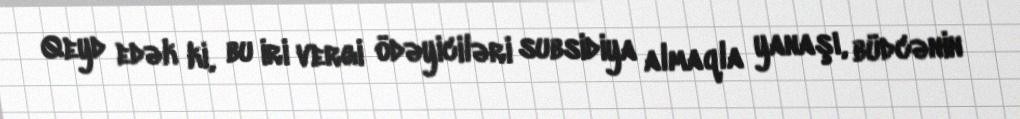
Qeyd edək ki, bu iri vergi ödəyiciləri subsidiya almaqla yanaşı, büdcənin